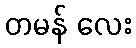
တမန် လေး